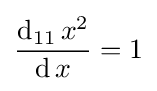
{\frac {\operatorname {d} _{11}x^{2}}{\operatorname {d} x}}=1